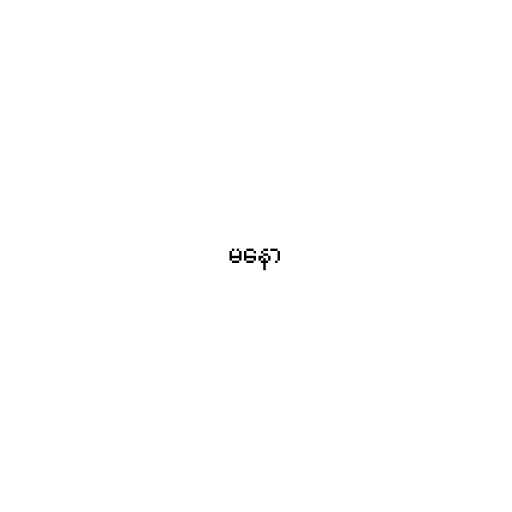
မနော